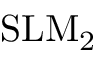
\mathrm { S L M _ { 2 } }